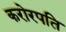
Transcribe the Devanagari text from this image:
करोरपति